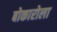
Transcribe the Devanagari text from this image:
बोकारोला